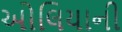
ઓલિયાની